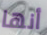
أنها